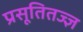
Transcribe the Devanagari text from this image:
प्रसूतितज्‍ज्ञ